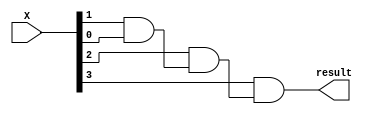
module andNbits(result, X);
parameter n = 4;

//inputs 
input [n-1:0]X; //X contiene los n bits a los que se les debe 
                 //aplicar la operacion and entre s

//output
output  result;

//resultados intermedios
wire [n:0]R1;//R1 son los resultados intermedios de la sucesion de compuertas 'and'




//logica combinacional del modulo

 or(R1[0], 1, 1);  //inicializo esta posicion del wire en 1 para que
                    //no me afecte en la comparacion de tipo 'and'

genvar i;
generate
     for(i=0; i <= n-1; i=i+1)
    begin
        and(R1[i+1], X[i], R1[i]);
    end
endgenerate

assign result=R1[n];


endmodule